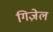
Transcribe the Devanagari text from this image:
गिज़ेल